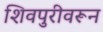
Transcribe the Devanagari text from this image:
शिवपुरीवरून